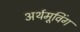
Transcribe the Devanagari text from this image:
अर्थमूविंग